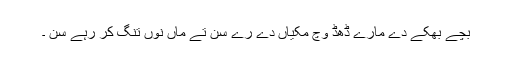
بچے بھکے دے مارے ڈھڈ وچ مکیاں دے رے سن تے ماں نوں تنگ کر رہے سن ۔